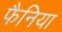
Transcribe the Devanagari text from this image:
फैनिया